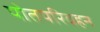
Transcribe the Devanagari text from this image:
पोतपरिवहन